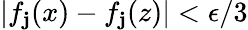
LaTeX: |f_{\mathbf{j}}(x)-f_{\mathbf{j}}(z)|<\epsilon/3